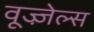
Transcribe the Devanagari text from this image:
वूज्ज़ेल्स